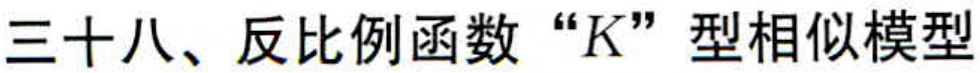
三十八、反比例函数 “\(K\)” 型相似模型